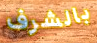
بالشرف